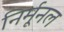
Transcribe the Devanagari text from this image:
निर्मूनल